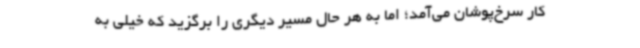
کار سرخ‌پوشان می‌آمد؛ اما به هر حال مسیر دیگری را برگزید که خیلی به